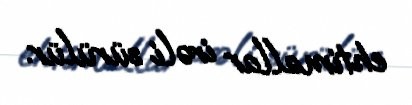
ehtimallar irəli sürülür.